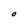
Character: O